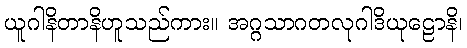
ယူဂါနိတာနိဟူသည်ကား။ အဂ္ဂသာဂတလုဂါဒိယုဠောနိ၊